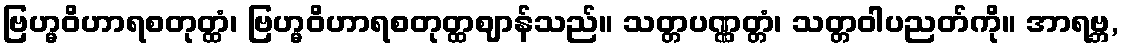
ဗြဟ္မဝိဟာရစတုတ္ထံ၊ ဗြဟ္မဝိဟာရစတုတ္ထဈာန်သည်။ သတ္တပဏ္ဏတ္တံ၊ သတ္တဝါပညတ်ကို။ အာရဗ္ဘ,